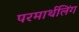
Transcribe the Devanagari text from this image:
परमार्थलिंग